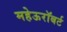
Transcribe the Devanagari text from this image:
महेऊरॉबर्ट